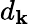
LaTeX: d_{\mathbf{k}}